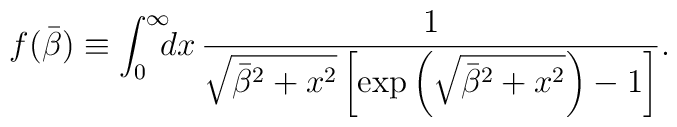
f(\bar{\beta}) \equiv \int^{\infty}_0\!\!\! dx\, \frac{1}{\sqrt{\bar{\beta}^2 + x^2} \left[\exp\left(\sqrt{\bar{\beta}^2 + x^2} \right) - 1\right]}.